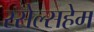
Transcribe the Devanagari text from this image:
रसेल्सहेम